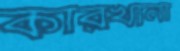
কারখানা